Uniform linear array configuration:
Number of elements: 24
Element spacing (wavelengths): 0.75
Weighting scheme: kaiser
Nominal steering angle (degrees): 60
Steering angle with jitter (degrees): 59.513
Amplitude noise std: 0.05
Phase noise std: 0.05

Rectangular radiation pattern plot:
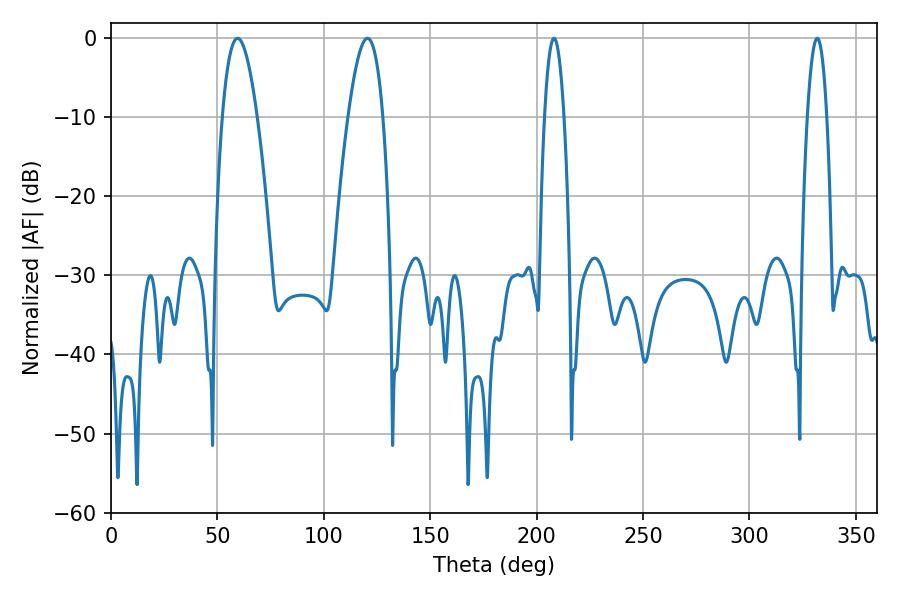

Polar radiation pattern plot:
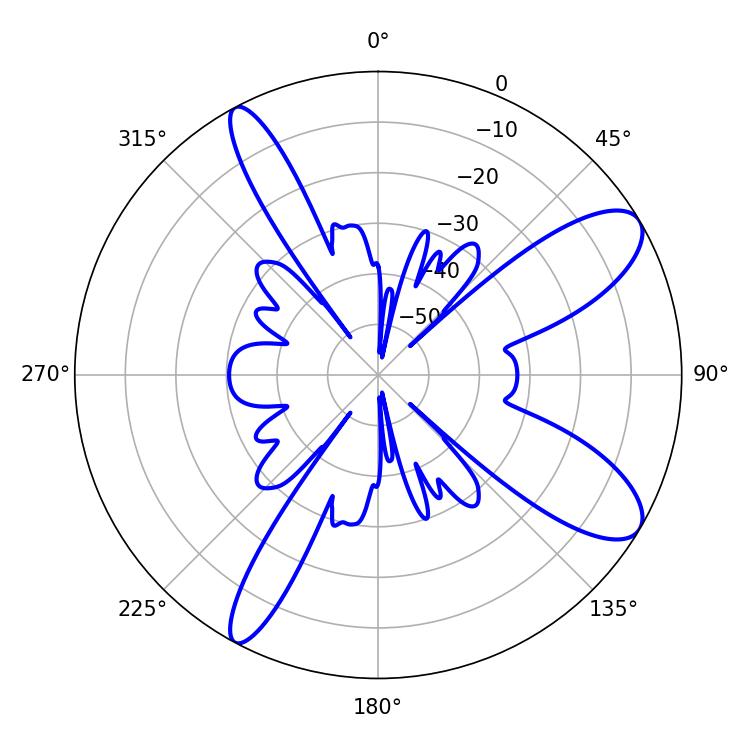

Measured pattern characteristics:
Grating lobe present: TRUE
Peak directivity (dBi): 9.966
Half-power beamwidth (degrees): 9
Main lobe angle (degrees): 59.4